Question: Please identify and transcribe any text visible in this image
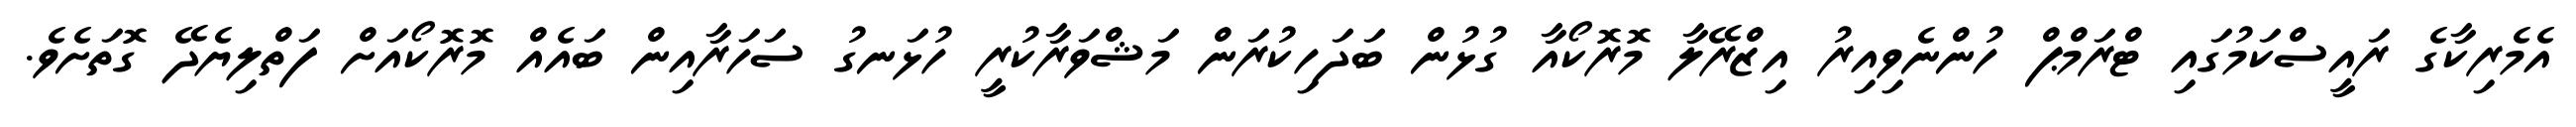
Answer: އެމެރިކާގެ ރައީސްކަމުގައި ޓްރަމްޕް ހުންނެވިއިރު އިޒްރޭލާ މޮރޮކޯއާ ގުޅުން ބަދަހިކުރަން މަޝްވަރާކުރީ ހުޅަނގު ސަހަރާއިން ބައެއް މޮރޮކޯއަށް ފަތްލިޔެދޭ ގޮތަށެވެ.